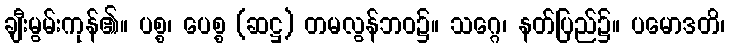
ချီးမွမ်းကုန်၏။ ပစ္စ၊ ပေစ္စ (ဆဋ္ဌ) တမလွန်ဘဝ၌။ သဂ္ဂေ၊ နတ်ပြည်၌။ ပမောဒတိ၊